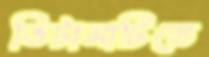
ভিটামাটিতে